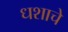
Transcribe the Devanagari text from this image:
धशाचे